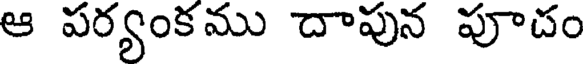
ఆ పర్యంకము దాపున పూదం